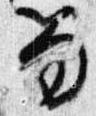
笏